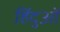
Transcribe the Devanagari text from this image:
हिंदुआें